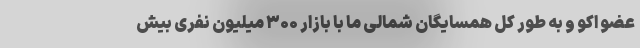
عضو اکو و به طور کل همسایگان شمالی ما با بازار ۳۰۰ میلیون نفری بیش